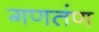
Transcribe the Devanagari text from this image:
गणतंण